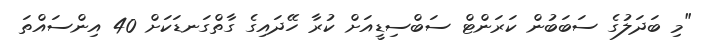
"މި ބަދަލުގެ ސަބަބުން ކަރަންޓް ސަބްސިޑީއަށް ކުރާ ހޭދައިގެ ގާތްގަނޑަކަށް 40 އިންސައްތަ